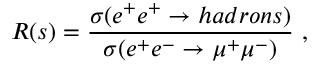
R ( s ) = \frac { \sigma ( e ^ { + } e ^ { + } \rightarrow h a d r o n s ) } { \sigma ( e ^ { + } e ^ { - } \rightarrow \mu ^ { + } \mu ^ { - } ) } ~ ,